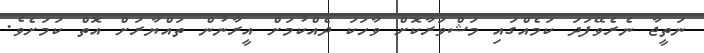
ނަތީޖާ ނެރެވޭފަދަ ކަމެއްގައި މަޝްވަރާކޮށް ވާހަކަ ދެއްކުމަށް އީރާނުން ތައްޔާރަށް އޮތް ކަމަށެވެ.